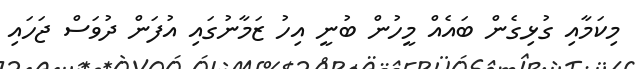
މިކަމާއި ގުޅިގެން ބައެއް މީހުން ބުނީ އިހު ޒަމާނުގައި އުފަން ދުވަސް ޖަހައި